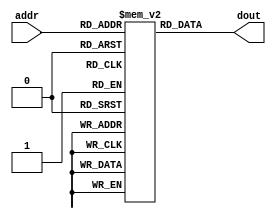
// Instruction Memory
module im(dout,
          addr);
    output [12:0] dout;
    input [7:0] addr;
    
    reg [12:0] mem [0:255];
    
    initial begin
        mem[8'd0] <= {5'b00111, 8'd0 };	// MOV B, 0;
        mem[8'd1] <= {5'b00110, 8'b11001110};	// IN B, in - 50;
        mem[8'd2] <= {5'b01100, 8'd0 };	// OUT B + 0;
        mem[8'd3] <= {5'b01111, 8'd1 };	// JMP 1;
    end
    
    assign dout = mem[addr];
endmodule